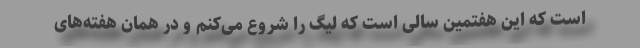
است که این هفتمین سالی است که لیگ را شروع می‌کنم و در همان هفته‌های